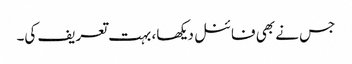
جس نے بھی فائنل دیکھا، بہت تعریف کی۔